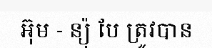
អ៊ុម - ន្យ៉ុ បែ ត្រូវបាន